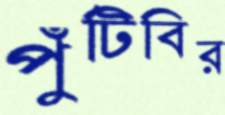
পুঁটিবির